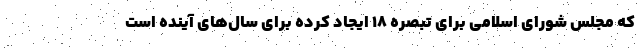
که مجلس شورای اسلامی برای تبصره ۱۸ ایجاد کرده برای سال‌های آینده است